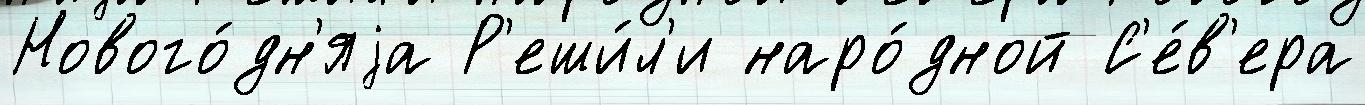
Нового́дн'яjа Р'еши́л'и наро́дной С'е́в'ера